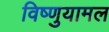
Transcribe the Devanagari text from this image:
विष्णुयामल